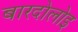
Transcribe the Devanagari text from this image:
बारदोलोइ